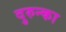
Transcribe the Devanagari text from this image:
दुरुन्का